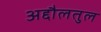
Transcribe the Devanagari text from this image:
अद्दौलतुल